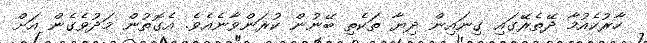
ހާރުކެއުމާ ދޭތެރޭގައި ގިނައިން ދިޔާ ތަކެތި ބޭނުން ކުރަންވާނެއެވެ. އެގޮތުން މަދުވެގެން އަށް